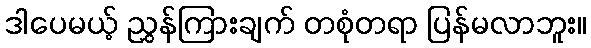
ဒါပေမယ့် ညွှန်ကြားချက် တစုံတရာ ပြန်မလာဘူး။